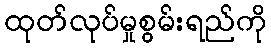
ထုတ်လုပ်မှုစွမ်းရည်ကို